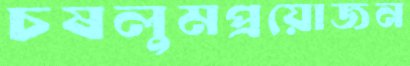
চষলুমপ্রয়োজন